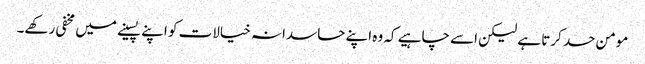
مومن حسد کرتا ہے لیکن اسے چاہیے کہ وہ اپنے حاسدانہ خیالات کو اپنے پسینے میں مخفی رکھے۔